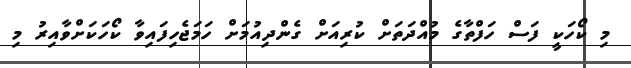
މި ކޯހަކީ ފަސް ހަފްތާގެ މުއްދަތަށް ކުރިއަށް ގެންދިއުމަށް ހަމަޖެހިފައިވާ ކޯހަކަށްވާއިރު މި